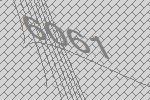
6061